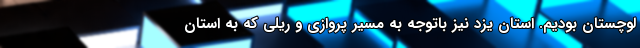
لوچستان بودیم. استان یزد نیز باتوجه به مسیر پروازی و ریلی که به استان